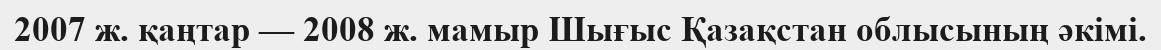
2007 ж. қаңтар — 2008 ж. мамыр Шығыс Қазақстан облысының әкімі.